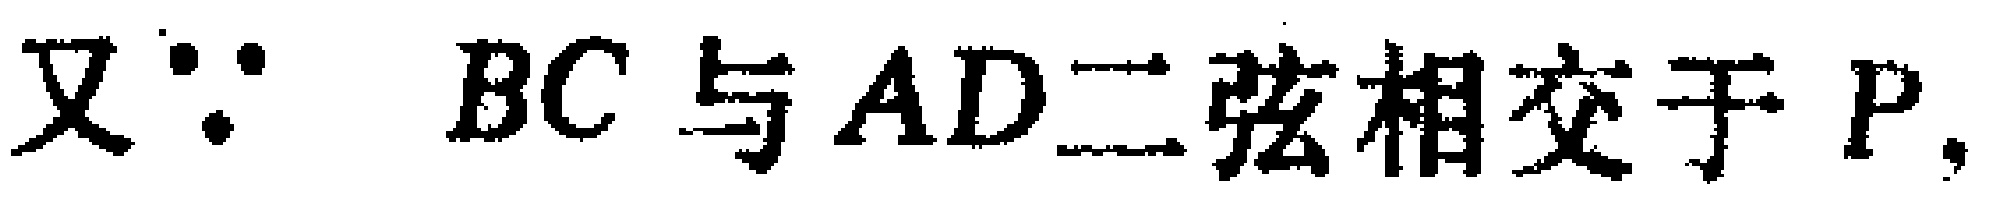
又\(\because BC\)与\(AD\)二弦相交于\(P\).